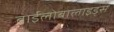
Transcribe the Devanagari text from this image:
बाईलोबालाइड्स